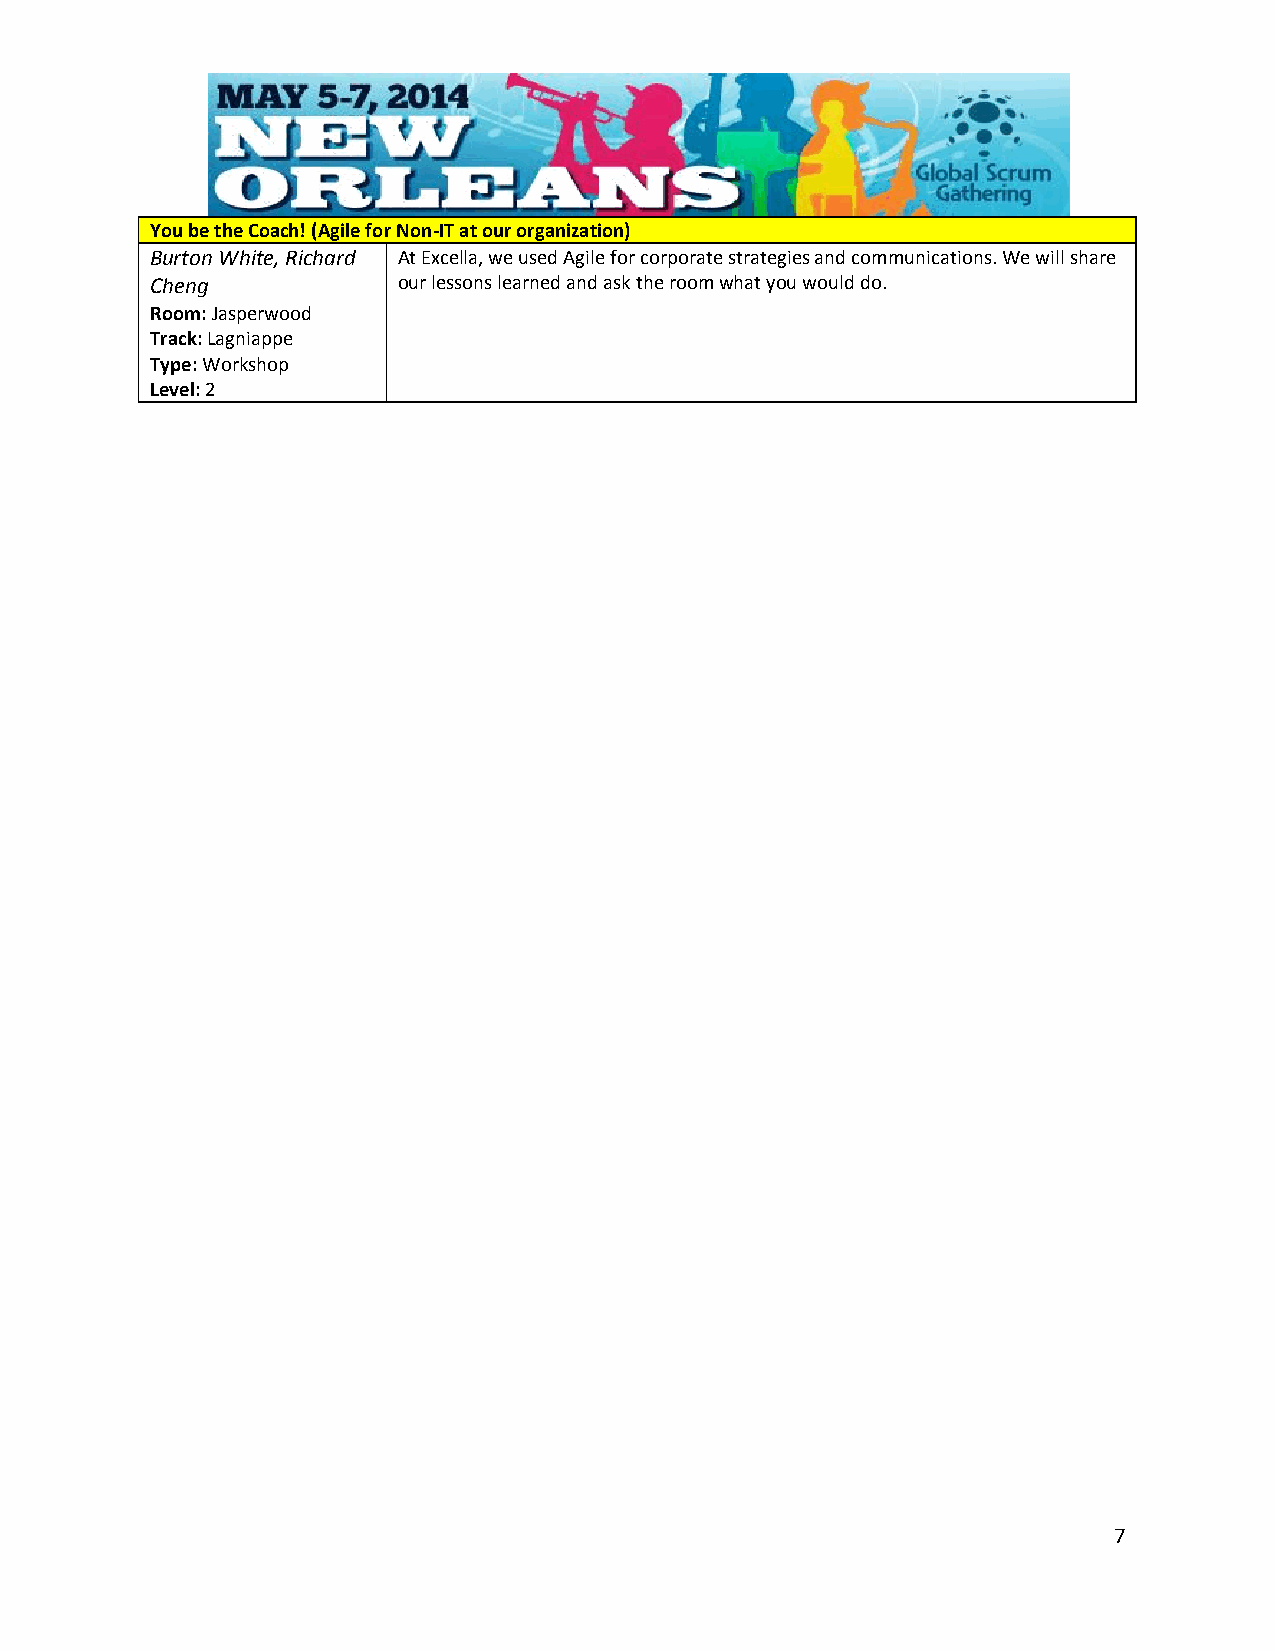
You be the Coach! (Agile for Non-IT at our organization)
 Burton White, Richard At Excella, we used Agile for corporate strategies and communications. We will share
 Cheng           our lessons learned and ask the room what you would do.
 Room: Jasperwood
 Track: Lagniappe
 Type: Workshop
 Level: 2
 7